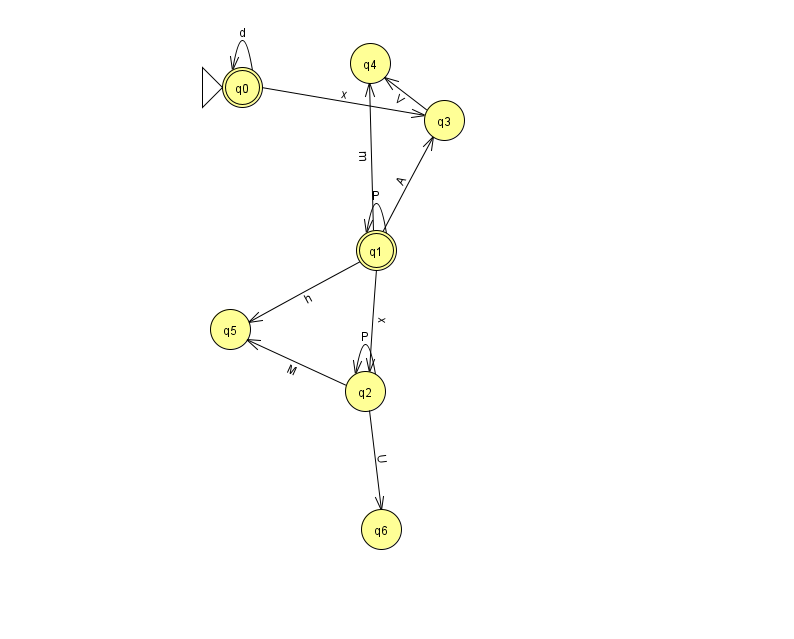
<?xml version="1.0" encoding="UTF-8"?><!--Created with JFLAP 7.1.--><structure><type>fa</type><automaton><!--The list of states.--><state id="0" name="q0"><x>242.0</x><y>74.0</y><initial/><final/></state><state id="1" name="q1"><x>376.0</x><y>237.0</y><final/></state><state id="2" name="q2"><x>365.0</x><y>378.0</y></state><state id="3" name="q3"><x>444.0</x><y>107.0</y></state><state id="4" name="q4"><x>370.0</x><y>50.0</y></state><state id="5" name="q5"><x>230.0</x><y>316.0</y></state><state id="6" name="q6"><x>381.0</x><y>516.0</y></state><!--The list of transitions.--><transition><from>1</from><to>1</to><read>P</read></transition><transition><from>2</from><to>2</to><read>P</read></transition><transition><from>2</from><to>5</to><read>M</read></transition><transition><from>0</from><to>0</to><read>d</read></transition><transition><from>1</from><to>5</to><read>h</read></transition><transition><from>1</from><to>3</to><read>A</read></transition><transition><from>0</from><to>3</to><read>x</read></transition><transition><from>1</from><to>2</to><read>x</read></transition><transition><from>1</from><to>4</to><read>m</read></transition><transition><from>3</from><to>4</to><read>V</read></transition><transition><from>2</from><to>6</to><read>U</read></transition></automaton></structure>